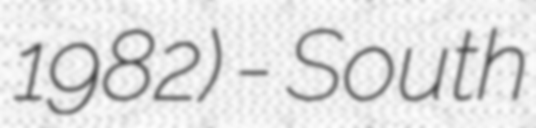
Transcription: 1982) - South